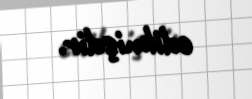
edilmişdir.